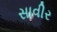
સાવીર